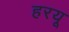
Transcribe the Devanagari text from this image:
हरयू